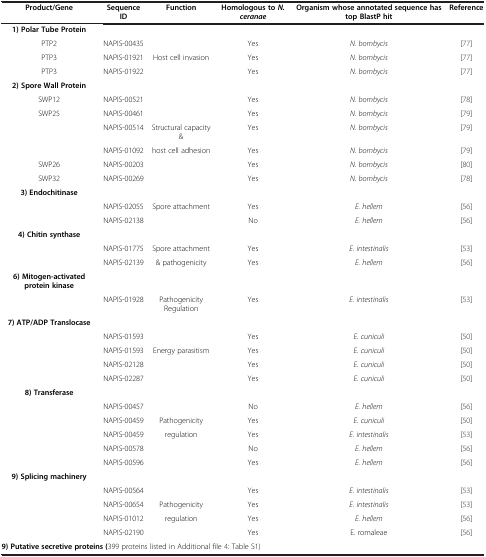
<table><thead><tr><td><b>Product/Gene</b></td><td><b>Sequence ID</b></td><td><b>Function</b></td><td><b>Homologous to <i>N. ceranae</i></b></td><td><b>Organism whose annotated sequence has top BlastP hit</b></td><td><b>Reference</b></td></tr></thead><tbody><tr><td><b>1) Polar Tube Protein</b></td><td> </td><td> </td><td> </td><td> </td><td> </td></tr><tr><td>PTP2</td><td>NAPIS-00435</td><td> </td><td>Yes</td><td><i>N. bombycis</i></td><td>[77]</td></tr><tr><td>PTP3</td><td>NAPIS-01921</td><td>Host cell invasion</td><td>Yes</td><td><i>N. bombycis</i></td><td>[77]</td></tr><tr><td>PTP3</td><td>NAPIS-01922</td><td> </td><td>Yes</td><td><i>N. bombycis</i></td><td>[77]</td></tr><tr><td><b>2) Spore Wall Protein</b></td><td> </td><td> </td><td> </td><td> </td><td> </td></tr><tr><td>SWP12</td><td>NAPIS-00521</td><td> </td><td>Yes</td><td><i>N. bombycis</i></td><td>[78]</td></tr><tr><td>SWP25</td><td>NAPIS-00461</td><td> </td><td>Yes</td><td><i>N. bombycis</i></td><td>[79]</td></tr><tr><td> </td><td>NAPIS-00514</td><td>Structural capacity &amp;</td><td>Yes</td><td><i>N. bombycis</i></td><td>[79]</td></tr><tr><td> </td><td>NAPIS-01092</td><td>host cell adhesion</td><td>Yes</td><td><i>N. bombycis</i></td><td>[79]</td></tr><tr><td>SWP26</td><td>NAPIS-00203</td><td> </td><td>Yes</td><td><i>N. bombycis</i></td><td>[80]</td></tr><tr><td>SWP32</td><td>NAPIS-00269</td><td> </td><td>Yes</td><td><i>N. bombycis</i></td><td>[78]</td></tr><tr><td><b>3) Endochitinase</b></td><td> </td><td> </td><td> </td><td> </td><td> </td></tr><tr><td> </td><td>NAPIS-02055</td><td>Spore attachment</td><td>Yes</td><td><i>E. hellem</i></td><td>[56]</td></tr><tr><td> </td><td>NAPIS-02138</td><td> </td><td>No</td><td><i>E. hellem</i></td><td>[56]</td></tr><tr><td><b>4) Chitin synthase</b></td><td> </td><td> </td><td> </td><td> </td><td> </td></tr><tr><td> </td><td>NAPIS-01775</td><td>Spore attachment</td><td>Yes</td><td><i>E. intestinalis</i></td><td>[53]</td></tr><tr><td> </td><td>NAPIS-02139</td><td>&amp; pathogenicity</td><td>Yes</td><td><i>E. hellem</i></td><td>[56]</td></tr><tr><td><b>6) Mitogen-activated protein kinase</b></td><td> </td><td> </td><td> </td><td> </td><td> </td></tr><tr><td> </td><td>NAPIS-01928</td><td>Pathogenicity Regulation</td><td>Yes</td><td><i>E. intestinalis</i></td><td>[53]</td></tr><tr><td><b>7) ATP/ADP Translocase</b></td><td> </td><td> </td><td> </td><td> </td><td> </td></tr><tr><td> </td><td>NAPIS-01593</td><td> </td><td>Yes</td><td><i>E. cuniculi</i></td><td>[50]</td></tr><tr><td> </td><td>NAPIS-01593</td><td>Energy parasitism</td><td>Yes</td><td><i>E. cuniculi</i></td><td>[50]</td></tr><tr><td> </td><td>NAPIS-02128</td><td> </td><td>Yes</td><td><i>E. cuniculi</i></td><td>[50]</td></tr><tr><td> </td><td>NAPIS-02287</td><td> </td><td>Yes</td><td><i>E. cuniculi</i></td><td>[50]</td></tr><tr><td><b>8) Transferase</b></td><td> </td><td> </td><td> </td><td> </td><td> </td></tr><tr><td> </td><td>NAPIS-00457</td><td> </td><td>No</td><td><i>E. hellem</i></td><td>[56]</td></tr><tr><td> </td><td>NAPIS-00459</td><td>Pathogenicity</td><td>Yes</td><td><i>E. cuniculi</i></td><td>[50]</td></tr><tr><td> </td><td>NAPIS-00459</td><td>regulation</td><td>Yes</td><td><i>E. intestinalis</i></td><td>[53]</td></tr><tr><td> </td><td>NAPIS-00578</td><td> </td><td>No</td><td><i>E. hellem</i></td><td>[56]</td></tr><tr><td> </td><td>NAPIS-00596</td><td> </td><td>Yes</td><td><i>E. hellem</i></td><td>[56]</td></tr><tr><td><b>9) Splicing machinery</b></td><td> </td><td> </td><td> </td><td> </td><td> </td></tr><tr><td> </td><td>NAPIS-00564</td><td> </td><td>Yes</td><td><i>E. intestinalis</i></td><td>[53]</td></tr><tr><td> </td><td>NAPIS-00654</td><td>Pathogenicity</td><td>Yes</td><td><i>E. intestinalis</i></td><td>[53]</td></tr><tr><td> </td><td>NAPIS-01012</td><td>regulation</td><td>Yes</td><td><i>E. hellem</i></td><td>[56]</td></tr><tr><td> </td><td>NAPIS-02190</td><td> </td><td>Yes</td><td>E. romaleae</td><td>[56]</td></tr><tr><td colspan="6"><b>9) Putative secretive proteins (</b>399 proteins listed in Additional file 4: Table S1)</td></tr></tbody></table>